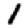
Digit: 1